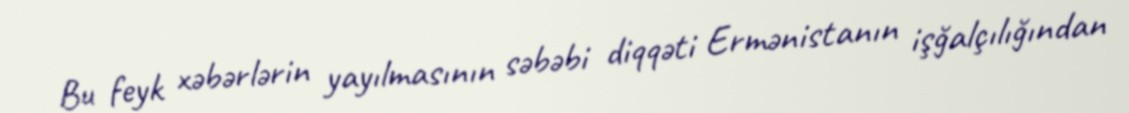
Bu feyk xəbərlərin yayılmasının səbəbi diqqəti Ermənistanın işğalçılığından